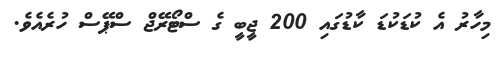
މިހާރު އެ ކުޑަކުޑަ ކާޑުގައި 200 ޖީބީ ގެ ސްޓޯރޭޖް ސްޕޭސް ހުރެއެވެ.